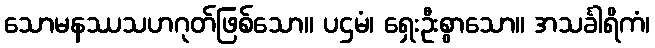
သောမနဿသဟဂုတ်ဖြစ်သော။ ပဌမံ၊ ရှေးဦးစွာသော။ အသင်္ခါရိကံ၊